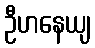
ဦဟနေယျ